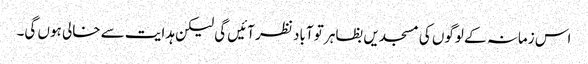
اس زمانہ کے لوگوں کی مسجدیں بظاہر تو آباد نظر آئیں گی لیکن ہدایت سے خالی ہوں گی۔